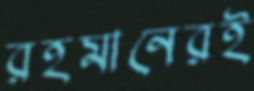
রহমানেরই